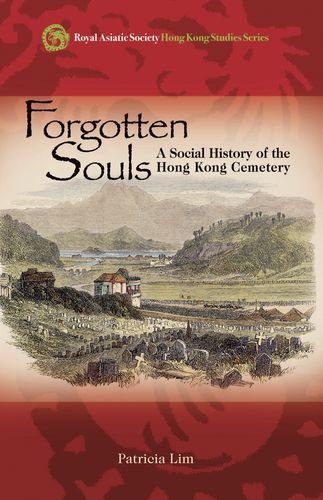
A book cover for Forgotten Souls: A Social History of the Hong Kong Cemetery (Royal Asiatic Society Hong Kong Studies Series); Patricia Lim; History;